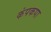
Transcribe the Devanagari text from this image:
कंपकपा